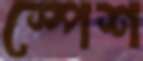
স্পেশ